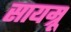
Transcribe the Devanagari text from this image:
सायम्रू